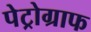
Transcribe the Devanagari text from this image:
पेट्रोग्राफ